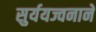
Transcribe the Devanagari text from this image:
सुर्ययज्वनाने